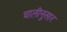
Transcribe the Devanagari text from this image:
चालीनुसार